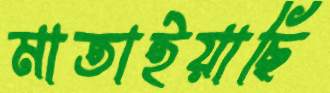
মাতাইয়াছি